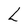
Character: L